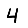
Digit: 4